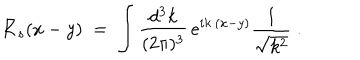
{ \bar { K } } _ { s } ( x - y ) \; = \; \int \frac { d ^ { 3 } k } { ( 2 \pi ) ^ { 3 } } \, e ^ { i k \cdot ( x - y ) } \frac { 1 } { \sqrt { k ^ { 2 } } } \; .